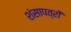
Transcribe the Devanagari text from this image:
शंसापत्रों